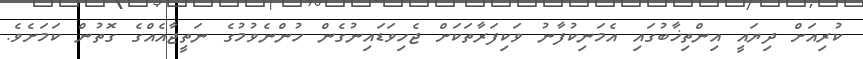
ކުރިއަށް ދިޔައީ އިންތިޚާބުގައި އެމަނިކުފާނު ވަކިފަރާތަކަށް ޖެހިވަޑައިނުގެން ހުންނެވުމުގެ ނަތީޖާއެއްގެ ގޮތުން ކަމަށެވެ.